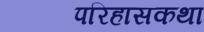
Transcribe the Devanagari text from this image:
परिहासकथा